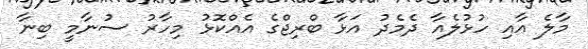
މާލެ އާއި ހުޅުލެއާ ދެމެދު އަޅާ ބްރިޖްގެ އެއްކޮޅު މިހާރު ސުނާމީ ބިނާ